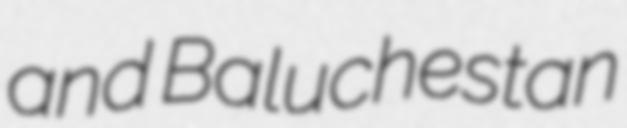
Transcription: and Baluchestan